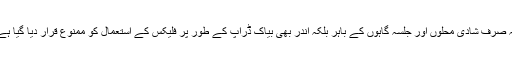
نہ صرف شادی محلوں اور جلسہ گاہوں کے باہر بلکہ اندر بھی بیاک ڈراپ کے طور پر فلیکس کے استعمال کو ممنوع قرار دیا گیا ہے۔